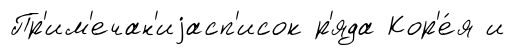
Пр'им'ечан'иjасп'исок р'яда Кор'е́я и